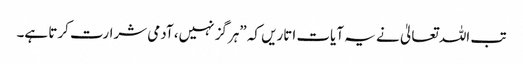
تب اللہ تعالیٰ نے یہ آیات اتاریں کہ ”ہرگز نہیں، آدمی شرارت کرتا ہے۔